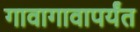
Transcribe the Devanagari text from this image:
गावागावापर्यंत